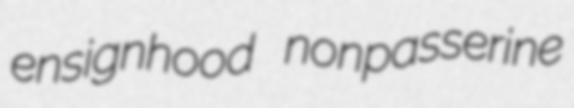
ensignhood nonpasserine